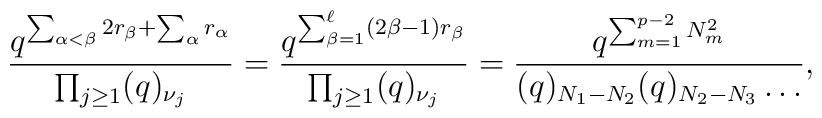
\frac{q^{\sum_{\alpha<\beta}2r_{\beta}+\sum_{\alpha}r_{\alpha}}}    {\prod_{j\geq1}(q)_{\nu_j}}=    \frac{q^{\sum_{\beta=1}^{\ell}(2\beta-1)r_{\beta}}}    {\prod_{j\geq1}(q)_{\nu_j}}=    \frac{q^{\sum_{m=1}^{p-2}N_m^2}}{(q)_{N_1-N_2}(q)_{N_2-N_3}\dots},